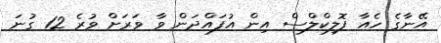
އޭނާގެ ހެއާ ފޮލިކްލްސް އިން އުފައްދަން ވާ ވަރަށް ވުރެ 12 ގުނަ